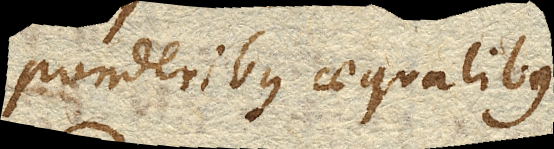
ponderibus aequalibus.